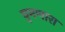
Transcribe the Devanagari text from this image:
घुमणारा